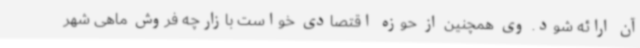
آن ارائه شود. وی همچنین از حوزه اقتصادی خواست بازارچه فروش ماهی شهر